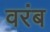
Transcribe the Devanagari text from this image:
वरंब